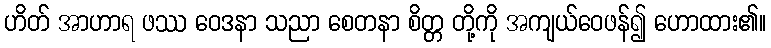
ဟိတ် အာဟာရ ဖဿ ဝေဒနာ သညာ စေတနာ စိတ္တ တို့ကို အကျယ်ဝေဖန်၍ ဟောထား၏။